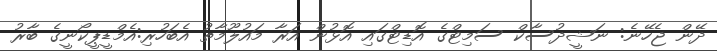
ދޭން ޖެހޭނެ: ނަޝީދުސާކް ސަމިޓްގެ އޮޑިޓްގައި އޮޅުން އަރާ މައުލޫމާތު އެބަހުރި:އެމްޑީޕީކޯނީގެ ބާރު